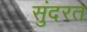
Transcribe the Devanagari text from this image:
सुंदरत